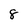
Character: 8